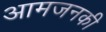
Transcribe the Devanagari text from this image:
आमजनकी